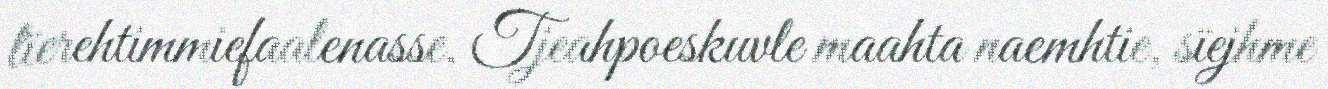
lïerehtimmiefaalenasse. Tjeahpoeskuvle maahta naemhtie, sïejhme